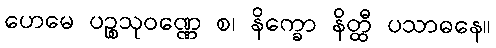
ဟေမေ ပဉ္စသုဝဏ္ဏေ စ၊ နိက္ခော နိတ္ထီ ပသာဓနေ။